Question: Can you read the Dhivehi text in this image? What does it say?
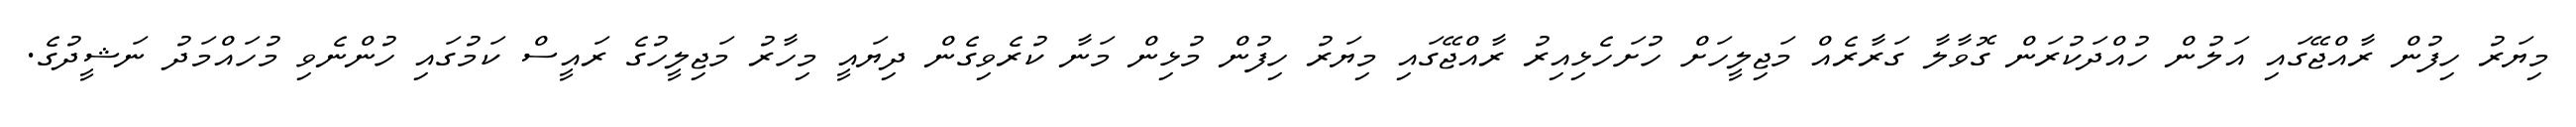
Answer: މިޔަރު ހިފުން ރާއްޖޭގައި އަލުން ހުއްދަކުރަން ގޮވާލާ ގަރާރެއް މަޖިލީހަށް ހުށަހެޅިއިރު ރާއްޖޭގައި މިޔަރު ހިފުން މުޅިން މަނާ ކުރެވިގެން ދިޔައީ މިހާރު މަޖިލީހުގެ ރައީސް ކަމުގައި ހުންނެވި މުހައްމަދު ނަޝީދުގެ.